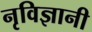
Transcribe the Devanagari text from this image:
नृविज्ञानी